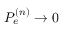
P _ { e } ^ { ( n ) } \rightarrow 0